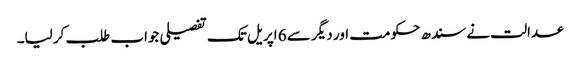
عدالت نے سندھ حکومت اور دیگر سے 6 اپریل تک تفصیلی جواب طلب کر لیا۔